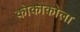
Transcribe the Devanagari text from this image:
कोकोकोला